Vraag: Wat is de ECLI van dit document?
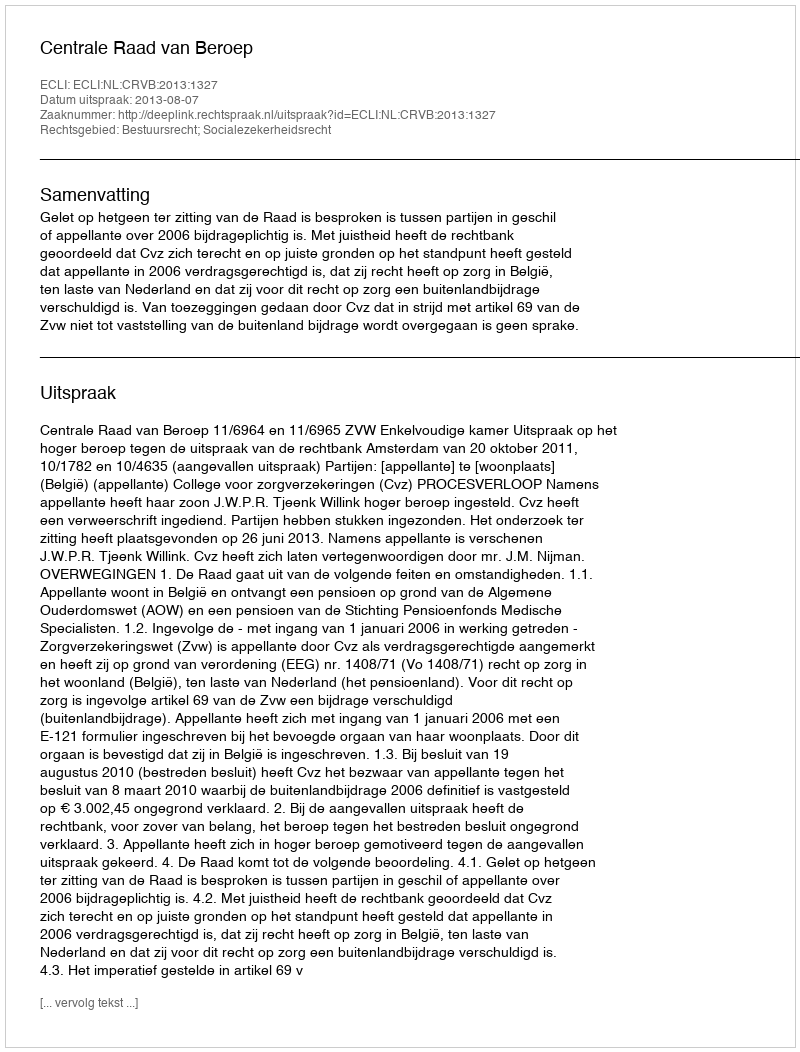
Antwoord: ECLI:NL:CRVB:2013:1327